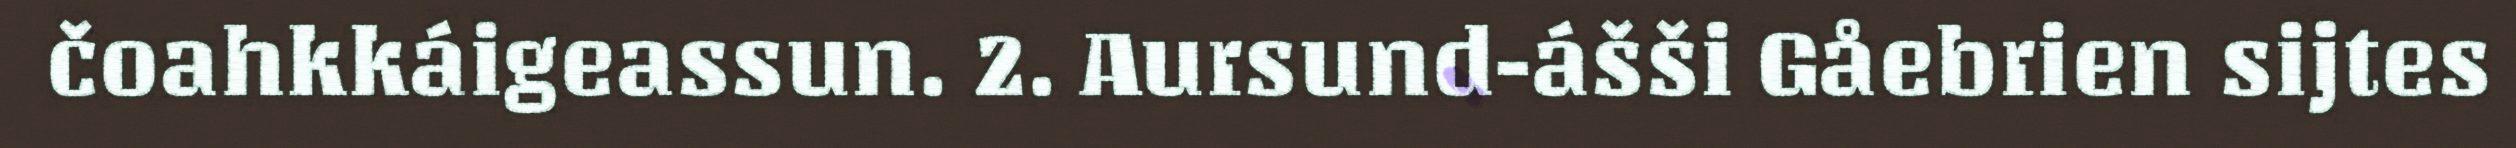
čoahkkáigeassun. 2. Aursund-ášši Gåebrien sijtes